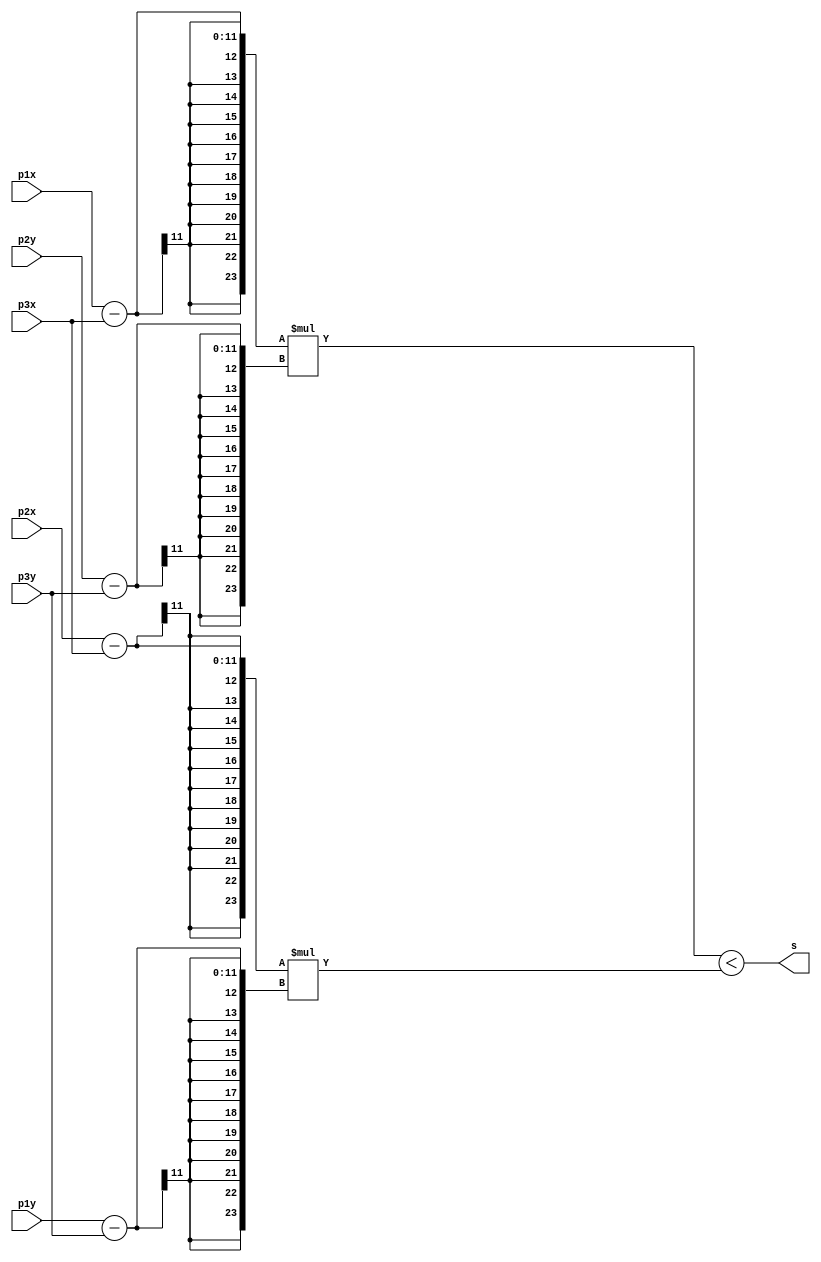
// recebe todos os pontos por 6 entradas e retorna desligado para sign=no e ligado para sign=sim
// segue o mesmo modelo do cdigo python
module sign(
  input [10:0] p1x,
  input [10:0] p1y,
  input [10:0] p2x,
  input [10:0] p2y,
  input [10:0] p3x,
  input [10:0] p3y,
  output s
);

  wire signed [23:0] mult1;
  wire signed [23:0] mult2;

  assign mult1 = (p1x - p3x) * (p2y - p3y);
  assign mult2 = (p2x - p3x) * (p1y - p3y);

  assign s = mult1 < mult2;

endmodule

// Recebe duas entradas ptx e pty para o ponto a ser verificado e mais 6 entradas
// que so os pontos que formam o tringulo em questo
// retorna desligado para dentroTriang=no e ligado para dentroTriang=sim
module dentroTriang(
  input [10:0] ptx,
  input [10:0] pty,
  input [10:0] p1x,
  input [10:0] p1y,
  input [10:0] p2x,
  input [10:0] p2y,
  input [10:0] p3x,
  input [10:0] p3y,
  output s
);

  wire teste1, teste2, teste3;

  sign T1(ptx, pty, p1x, p1y, p2x, p2y, teste1);
  sign T2(ptx, pty, p2x, p2y, p3x, p3y, teste2);
  sign T3(ptx, pty, p3x, p3y, p1x, p1y, teste3);

  assign s = teste1 == teste2 & teste2 == teste3;

endmodule